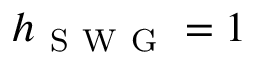
h _ { \mathrm { ~ S ~ W ~ G ~ } } = 1